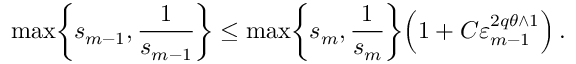
\operatorname* { m a x } \biggl \{ s _ { m - 1 } , \frac 1 { s _ { m - 1 } } \biggr \} \leq \operatorname* { m a x } \biggl \{ s _ { m } , \frac 1 { s _ { m } } \biggr \} \Bigl ( 1 + C \varepsilon _ { m - 1 } ^ { 2 q \theta \wedge 1 } \Bigr ) \, .